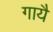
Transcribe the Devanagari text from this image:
गायै